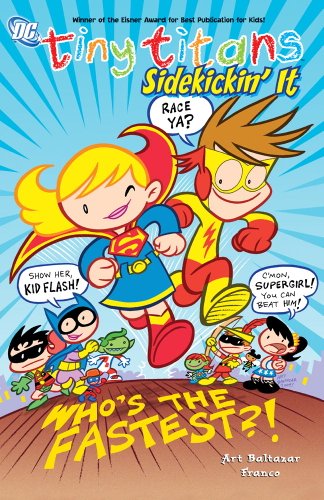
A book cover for Tiny Titans vol 3: Sidekickin' It!; Art Baltazar; Children's Books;